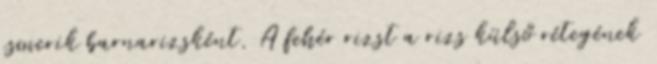
ismerik barnarizsként. A fehér rizst a rizs külső rétegének